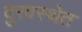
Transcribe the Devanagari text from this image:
दुरवस्थेत